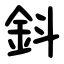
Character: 鈄